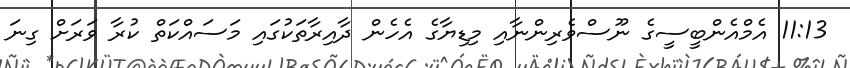
11:13 އެމްއެންބީސީގެ ނޫސްވެރިންނާއި މިޑިޔާގެ އެހެން ދާއިރާތަކުގައި މަސައްކަތް ކުރާ ވަރަށް ގިނަ